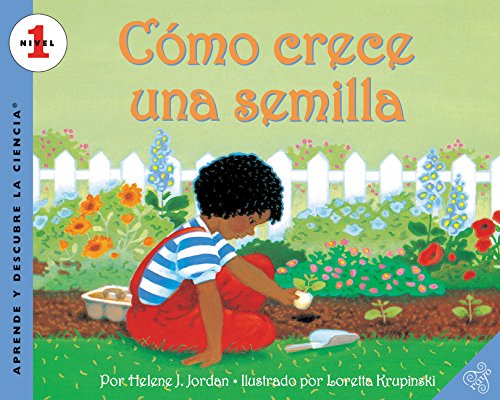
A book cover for How a Seed Grows (Spanish edition): Como crece una semilla (Let's-Read-and-Find-Out Science 1); Helene J. Jordan; Children's Books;